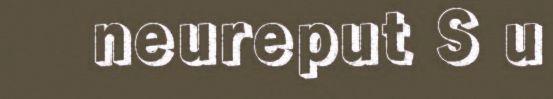
neureput S u